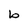
Character: b